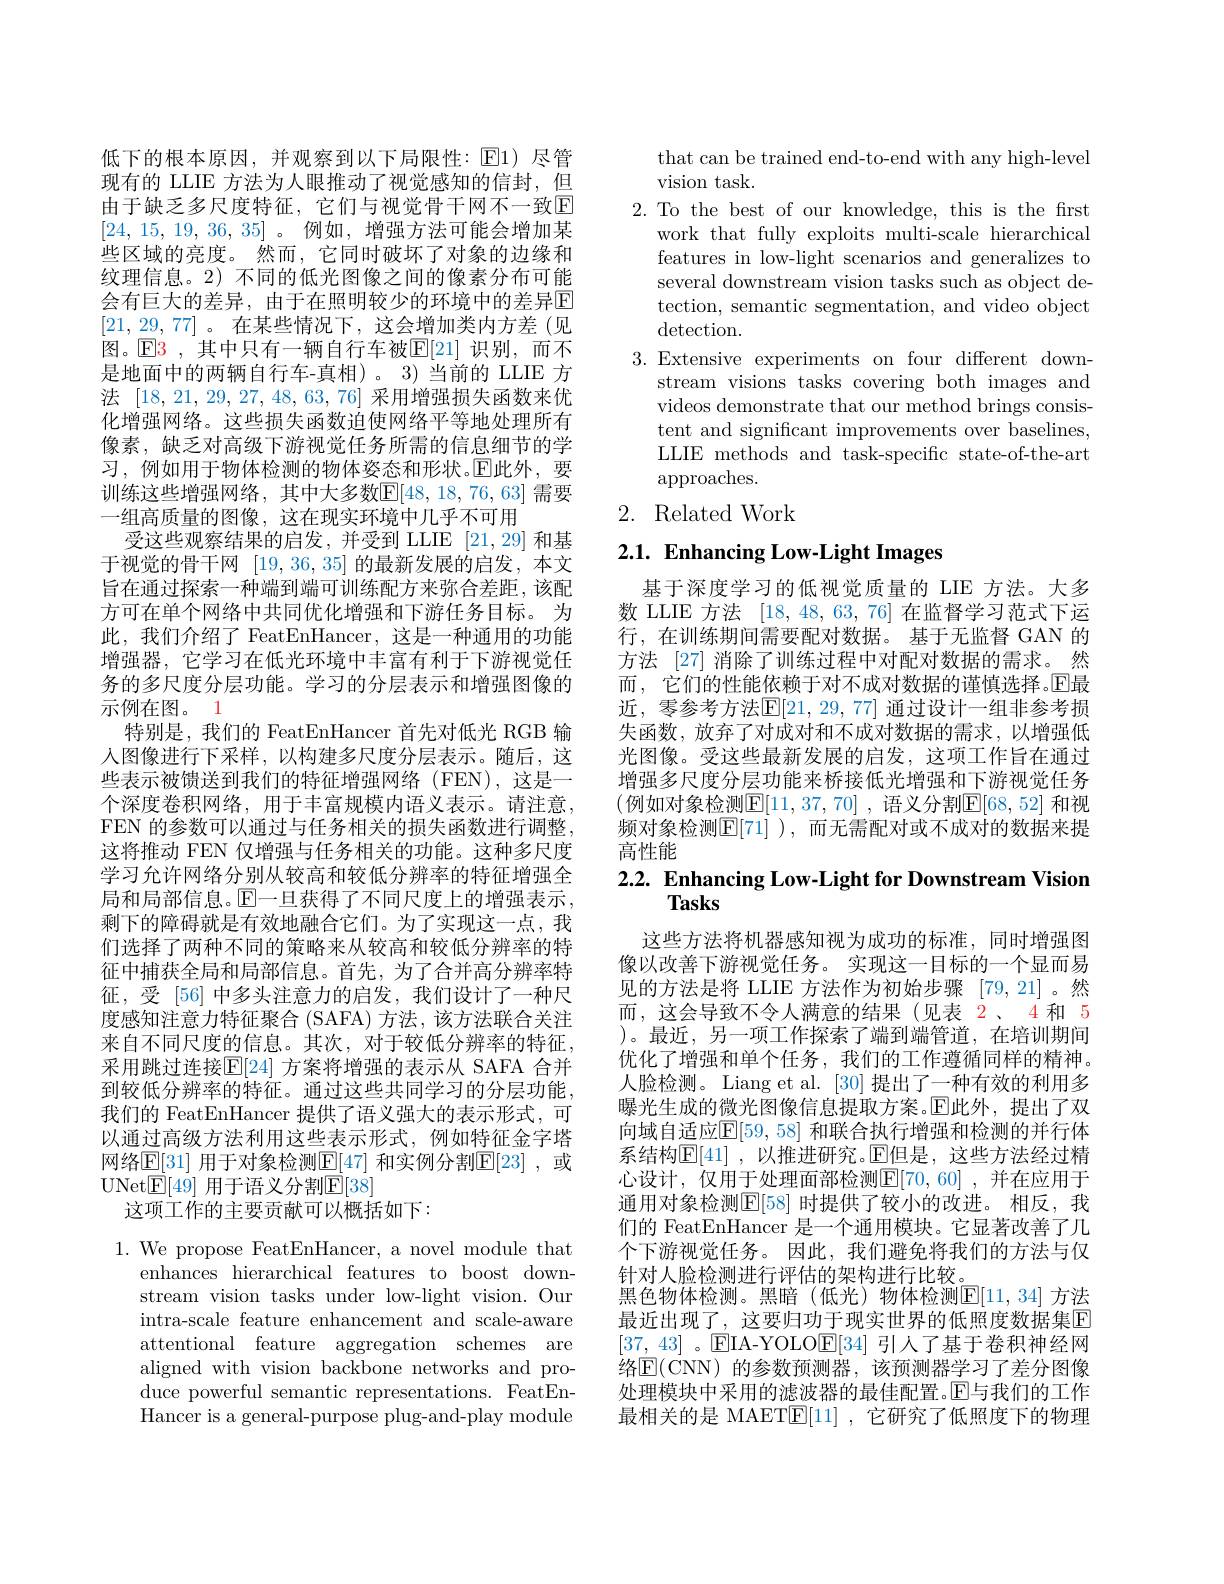
低下的根本原因，并观察到以下局限性：E1) 尽管现有的 LLIE 方法为人眼推动了视觉感知的信封，但由于缺乏多尺度特征，它们与视觉骨干网不一致回[24, 15, 19, 36, 35]。例如，增强方法可能会增加某些区域的亮度。然而，它同时破坏了对象的边缘和纹理信息。2) 不同的低光图像之间的像素分布可能会有巨大的差异，由于在照明较少的环境中的差异E [21,29,77]。在某些情况下，这会增加类内方差(见图。$\mathbb{E}$3 ,其中只有一辆自行车被$\mathbb{E}[21]$ 识别，而不是地面中的两辆自行车-真相)。3)当前的 LLIE 方法[18,21,29,27,48,63,76]采用增强损失函数来优化增强网络。这些损失函数迫使网络平等地处理所有像素，缺乏对高级下游视觉任务所需的信息细节的学习，例如用于物体检测的物体姿态和形状。$\mathbb{E}$此外，要训练这些增强网络，其中大多数$\mathbb{E}[48,18,76,63]$ 需要一组高质量的图像，这在现实环境中几乎不可用
受这些观察结果的启发，并受到 LLIE [21,29] 和基于视觉的骨干网[19,36,35]的最新发展的启发，本文旨在通过探索一种端到端可训练配方来弥合差距，该配方可在单个网络中共同优化增强和下游任务目标。为此，我们介绍了 FeatEnHancer,这是一种通用的功能增强器，它学习在低光环境中丰富有利于下游视觉任务的多尺度分层功能。学习的分层表示和增强图像的示例在图。1
特别是，我们的 FeatEnHancer 首先对低光 RGB 输入图像进行下采样，以构建多尺度分层表示。随后，这些表示被馈送到我们的特征增强网络(FEN),这是一个深度卷积网络，用于丰富规模内语义表示。请注意， FEN 的参数可以通过与任务相关的损失函数进行调整， 这将推动 FEN 仅增强与任务相关的功能。这种多尺度学习允许网络分别从较高和较低分辨率的特征增强全局和局部信息。$\operatorname{E}$一旦获得了不同尺度上的增强表示， 剩下的障碍就是有效地融合它们。为了实现这一点，我们选择了两种不同的策略来从较高和较低分辨率的特征中捕获全局和局部信息。首先，为了合并高分辨率特征，受[56]中多头注意力的启发，我们设计了一种尺度感知注意力特征聚合 (SAFA) 方法，该方法联合关注来自不同尺度的信息。其次，对于较低分辨率的特征， 采用跳过连接$\mathbb{E}[24]$ 方案将增强的表示从 SAFA 合并到较低分辨率的特征。通过这些共同学习的分层功能， 我们的 FeatEnHancer 提供了语义强大的表示形式，可以通过高级方法利用这些表示形式，例如特征金字塔网络$\mathbb{E}[31]$ 用于对象检测$\mathbb{E}[47]$ 和实例分割$\mathbb{E}[23]$, 或UNet$\underline{\mathrm{E}}[49]$ 用于语义分割$\underline{\mathrm{E}}[38]$
这项工作的主要贡献可以概括如下：

1. We propose FeatEnHancer, a novel module that
enhances hierarchical features to boost downstream vision tasks under low-light vision. Our intra-scale feature enhancement and scale-aware attentional feature aggregation schemes are aligned with vision backbone networks and produce powerful semantic representations. FeatEnHancer is a general-purpose plug-and-play module

that can be trained end-to-end with any high-level
vision task.
2. To the best of our knowledge, this is the frst
work that fully exploits multi-scale hierarchical features in low-light scenarios and generalizes to several downstream vision tasks such as object detection, semantic segmentation, and video object $\operatorname{detection}.$
3.Extensive experiments on four different down-
stream visions tasks covering both images and videos demonstrate that our method brings consistent and significant improvements over baselines, LLIE methods and task-specific state-of-the-art approaches.
2. Related Work

# $2. 1. \textbf{ Enhancing Low- Light Images}$

基于深度学习的低视觉质量的 LIE 方法。大多数 LLIE 方法[18,48,63,76]在监督学习范式下运行，在训练期间需要配对数据。基于无监督 GAN 的方法 [27] 消除了训练过程中对配对数据的需求。然而 , 它们的性能依赖于对不成对数据的谨慎选择。$\operatorname{E\text{最}}$ 近，零参考方法$\mathbb{E}[21,29,77]$ 通过设计一组非参考损失函数，放弃了对成对和不成对数据的需求，以增强低光图像。受这些最新发展的启发，这项工作旨在通过增强多尺度分层功能来桥接低光增强和下游视觉任务(例如对象检测$\mathbb{E}[11,37,70]$,语义分割$\mathbb{E}[68,52]$ 和视频对象检测$\overline{\mathbb{E}}[71]$ ),而无需配对或不成对的数据来提高性能

# 2.2. Enhancing Low-Light for Downstream Vision Tasks

这些方法将机器感知视为成功的标准，同时增强图像以改善下游视觉任务。实现这一目标的一个显而易见的方法是将 LLIE 方法作为初始步骤 [79,21]。然而，这会导致不令人满意的结果(见表 2、4 和 5 )。最近，另一项工作探索了端到端管道，在培训期间优化了增强和单个任务，我们的工作遵循同样的精神。人脸检测。Liang et al. [30] 提出了一种有效的利用多曝光生成的微光图像信息提取方案。$\operatorname{E}$此外，提出了双向域自适应$\mathbb{E}[59,58]$ 和联合执行增强和检测的并行体系结构$\mathbb{E} [ 41]$ , 以推进研究。$\mathbb{E}$但是，这些方法经过精心设计，仅用于处理面部检测$\underline{\mathrm{E}}[70,60]$ ,并在应用于通用对象检测$\mathbb{E}[58]$ 时提供了较小的改进。相反，我们的 FeatEnHancer 是一个通用模块。它显著改善了几个下游视觉任务。因此，我们避免将我们的方法与仅针对人脸检测进行评估的架构进行比较。
黑色物体检测。黑暗(低光)物体检测$\mathbb{E}[11,34]$ 方法最近出现了，这要归功于现实世界的低照度数据集$\mathbb{E}$ [37, 43] $。因$IA-YOLO$因$E[34]引人了基于卷积神经网$\dot{\text{络}}\underline{\mathrm{E}}(\dot{\mathrm{CNN}})$的参数预测器，该预测器学习了差分图像处理模块中采用的滤波器的最佳配置。$\mathbb{E}$与我们的工作最相关的是 MAET$\underline{\mathbf{E}}[1]$ ,它研究了低照度下的物理